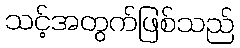
သင့်အတွက်ဖြစ်သည်